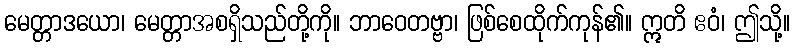
မေတ္တာဒယော၊ မေတ္တာအစရှိသည်တို့ကို။ ဘာဝေတဗ္ဗာ၊ ဖြစ်စေထိုက်ကုန်၏။ ဣတိ ဧဝံ၊ ဤသို့။